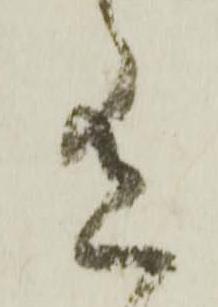
有